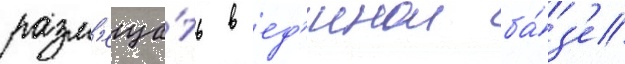
разм'еща́ть в ед'инои ба́з'е